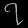
Digit: ၇